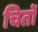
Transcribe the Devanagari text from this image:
चितों